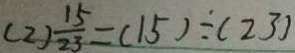
( 2 ) \frac { 1 5 } { 2 3 } = ( 1 5 ) \div ( 2 3 )